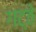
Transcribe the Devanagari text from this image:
गट्ठे